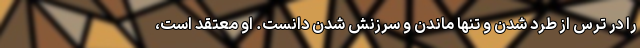
را در ترس از طرد شدن و تنها ماندن و سرزنش شدن دانست. او معتقد است،